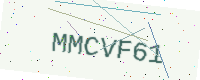
Text: MMCVF61